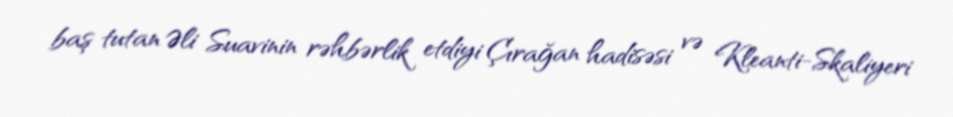
baş tutan Əli Suavinin rəhbərlik etdiyi Çırağan hadisəsi və Kleanti-Skaliyeri